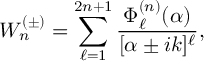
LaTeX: W _ { n } ^ { ( \pm ) } = \sum _ { \ell = 1 } ^ { 2 n + 1 } \frac { \Phi _ { \ell } ^ { ( n ) } ( \alpha ) } { [ \alpha \pm i k ] ^ { \ell } } ,